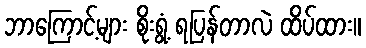
ဘာကြောင့်များ စိုးရွံ့ ရပြန်တာလဲ ထိပ်ထား။